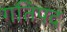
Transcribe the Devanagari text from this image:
गतिपद